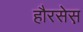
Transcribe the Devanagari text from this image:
हौरसेस़